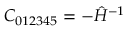
C _ { 0 1 2 3 4 5 } = - \hat { H } ^ { - 1 }